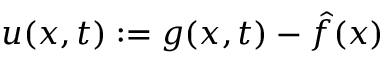
u ( x , t ) : = g ( x , t ) - \hat { f } ( x )